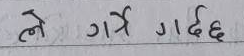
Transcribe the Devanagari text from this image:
ले गर्न गर्दछ